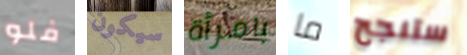
فلو سيكون بامرأة ما ستنجح